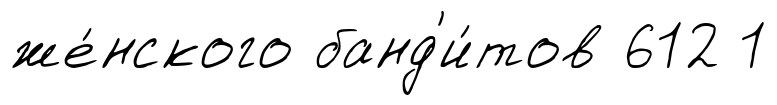
же́нского банд'и́тов 612 1